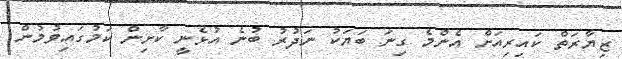
ޒިޔާރަތް ކައިރިއަށް އެންމެ ގިނަ ބަޔަކު ނަދުރު ބުނެ އުޅެނީ ކާށިން ކަމުގައިވުމުން